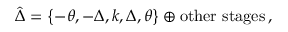
\hat { \Delta } = \left\{ - \theta , - \Delta , k , \Delta , \theta \right\} \oplus \mathrm { o t h e r ~ s t a g e s } \, ,